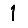
Digit: 1